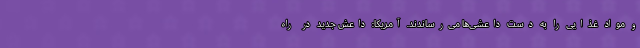
و مواد غذایی را به دست داعشی‌ها می‌رساندند. آمریکا: داعش جدید در راه